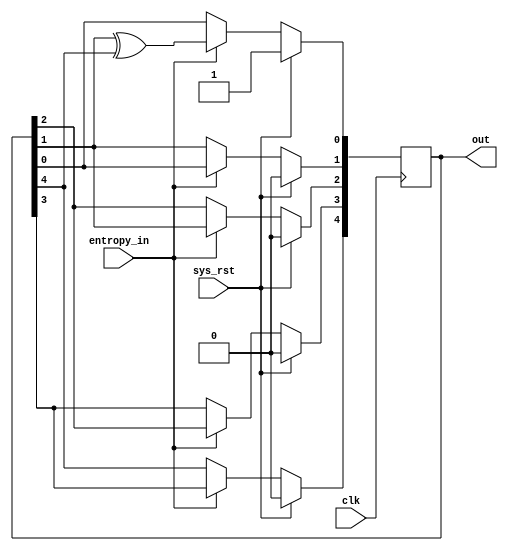
//SPDX-FileCopyrightText: 2021 Ethan Polcyn & Anish Singhani
//
// Licensed under the Apache License, Version 2.0 (the "License");
// you may not use this file except in compliance with the License.
// You may obtain a copy of the License at
//
//      http://www.apache.org/licenses/LICENSE-2.0
//
// Unless required by applicable law or agreed to in writing, software
// distributed under the License is distributed on an "AS IS" BASIS,
// WITHOUT WARRANTIES OR CONDITIONS OF ANY KIND, either express or implied.
// See the License for the specific language governing permissions and
// limitations under the License.
// SPDX-License-Identifier: Apache-2.0
`default_nettype none

// LFSR for generating cacti
module rng (
    input wire entropy_in,
    output reg [4:0] out,
    input wire clk,
    input wire sys_rst
);

always @(posedge clk) begin
    if (sys_rst) begin
        out <= 1;
    end
    else if (entropy_in) begin
        out[0] <= out[1] ^ out[4];
        out[1] <= out[0];
        out[2] <= out[1];
        out[3] <= out[2];
        out[4] <= out[3];
    end
end

endmodule